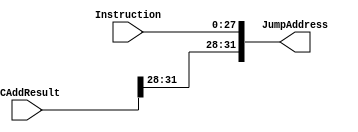
`timescale 1ns / 1ps

////////////////////////////////////////////
////////////////////////////////////////
module Concatenate(Instruction, PCAddResult, JumpAddress);

input [27:0] Instruction;
input [31:0] PCAddResult;

output reg [31:0] JumpAddress;

always @(Instruction, PCAddResult) begin
     
	JumpAddress = { PCAddResult[31:28], Instruction};
end

endmodule